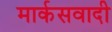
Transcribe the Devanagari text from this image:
मार्कसवादी